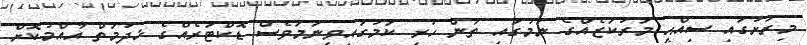
މިރަށުގައި ސިއްޙީ މަރުކަޒެއްގެ ނަމުގައި ތަން ހުރި ކަމުގައިވީނަމަވެސް ޑޮކްޓަރެއްގެ ޚިދުމަތް އާއްމުކޮށް